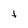
Character: t